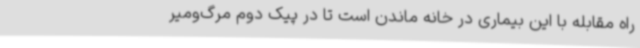
راه مقابله با این بیماری در خانه ماندن است تا در پیک دوم مرگ‌ومیر